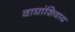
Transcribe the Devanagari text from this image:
वाघांशिवाय